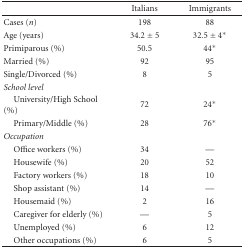
<table><thead><tr><td></td><td><b>Italians</b></td><td><b>Immigrants</b></td></tr></thead><tbody><tr><td>Cases (<i>n</i>)</td><td>198</td><td>88</td></tr><tr><td>Age (years)</td><td>34.2 ± 5</td><td>32.5 ± 4*</td></tr><tr><td>Primiparous (%)</td><td>50.5</td><td>44*</td></tr><tr><td>Married (%)</td><td>92</td><td>95</td></tr><tr><td>Single/Divorced (%)</td><td>8</td><td>5</td></tr><tr><td><i>School level </i></td><td></td><td></td></tr><tr><td> University/High School (%)</td><td>72</td><td>24*</td></tr><tr><td> Primary/Middle (%)</td><td>28</td><td>76*</td></tr><tr><td><i>Occupation </i></td><td></td><td></td></tr><tr><td> Office workers (%)</td><td>34</td><td>—</td></tr><tr><td> Housewife (%)</td><td>20</td><td>52</td></tr><tr><td> Factory workers (%)</td><td>18</td><td>10</td></tr><tr><td> Shop assistant (%)</td><td>14</td><td>—</td></tr><tr><td> Housemaid (%)</td><td>2</td><td>16</td></tr><tr><td> Caregiver for elderly (%)</td><td>—</td><td>5</td></tr><tr><td> Unemployed (%)</td><td>6</td><td>12</td></tr><tr><td> Other occupations (%)</td><td>6</td><td>5</td></tr></tbody></table>